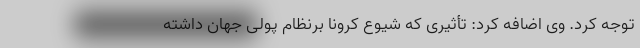
توجه کرد. وی اضافه کرد: تأثیری که شیوع کرونا برنظام پولی جهان داشته